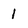
Character: l